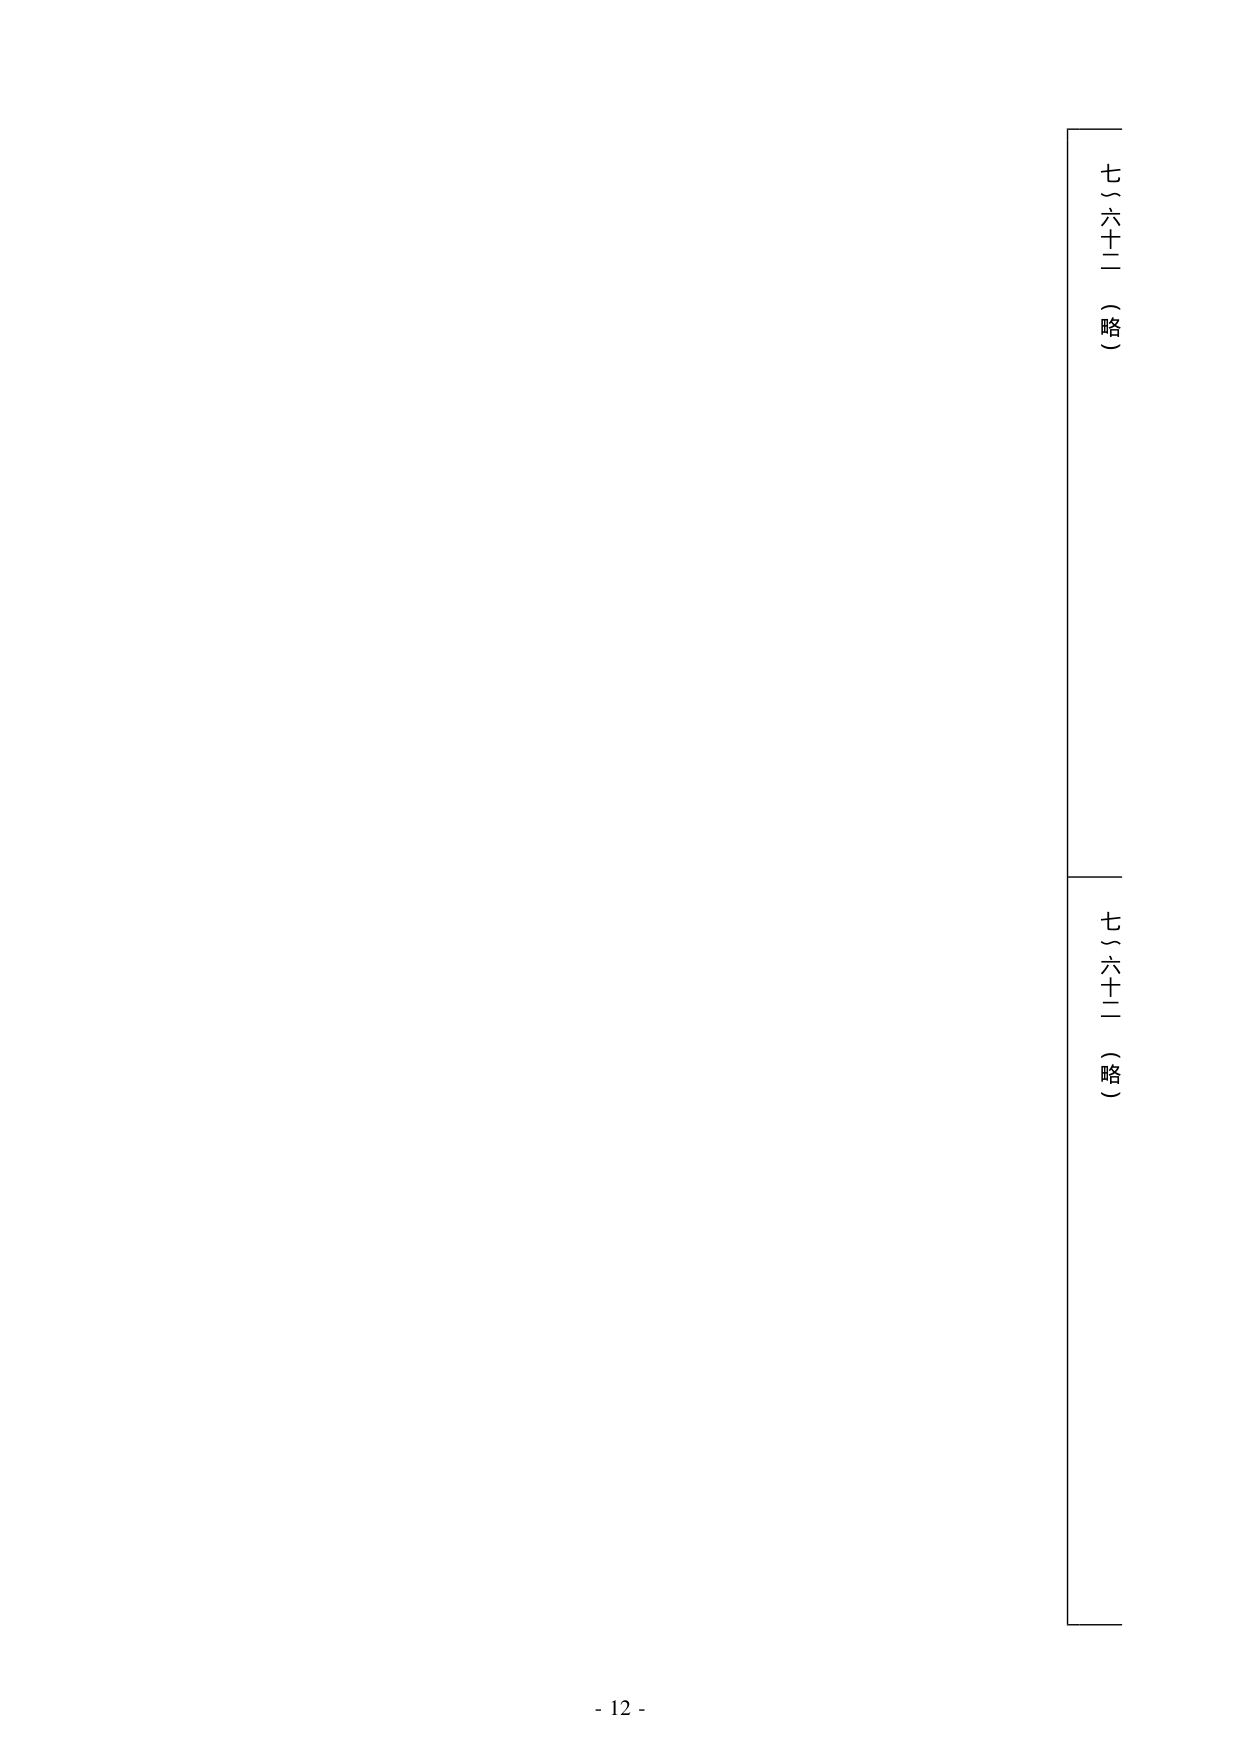
七）六十二（略）

七）六十二（略）

- 12 -